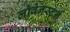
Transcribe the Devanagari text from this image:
लोवेनस्टर्न